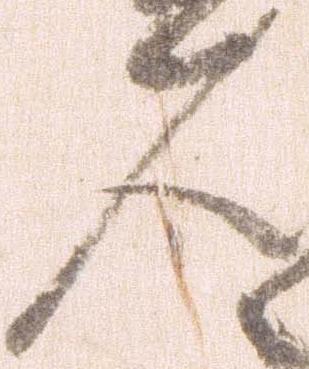
人